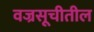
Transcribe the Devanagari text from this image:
वज्रसूचीतील